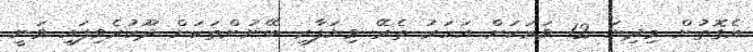
އެގޮތުން މިދިޔަ 12 ވަރަކަށް އަހަރު ތެރޭ ވިޔަފާރި ބޭނުންތަކަށް ދޫކުރެވިފައި ވަނީ